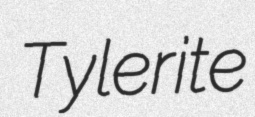
Tylerite